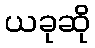
ယခုဆို